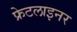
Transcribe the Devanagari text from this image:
फ्रेटलाइनर